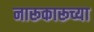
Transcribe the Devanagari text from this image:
नारूकारूच्या